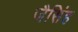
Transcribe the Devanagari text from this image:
जैसिंह